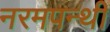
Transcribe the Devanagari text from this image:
नरमपन्थी